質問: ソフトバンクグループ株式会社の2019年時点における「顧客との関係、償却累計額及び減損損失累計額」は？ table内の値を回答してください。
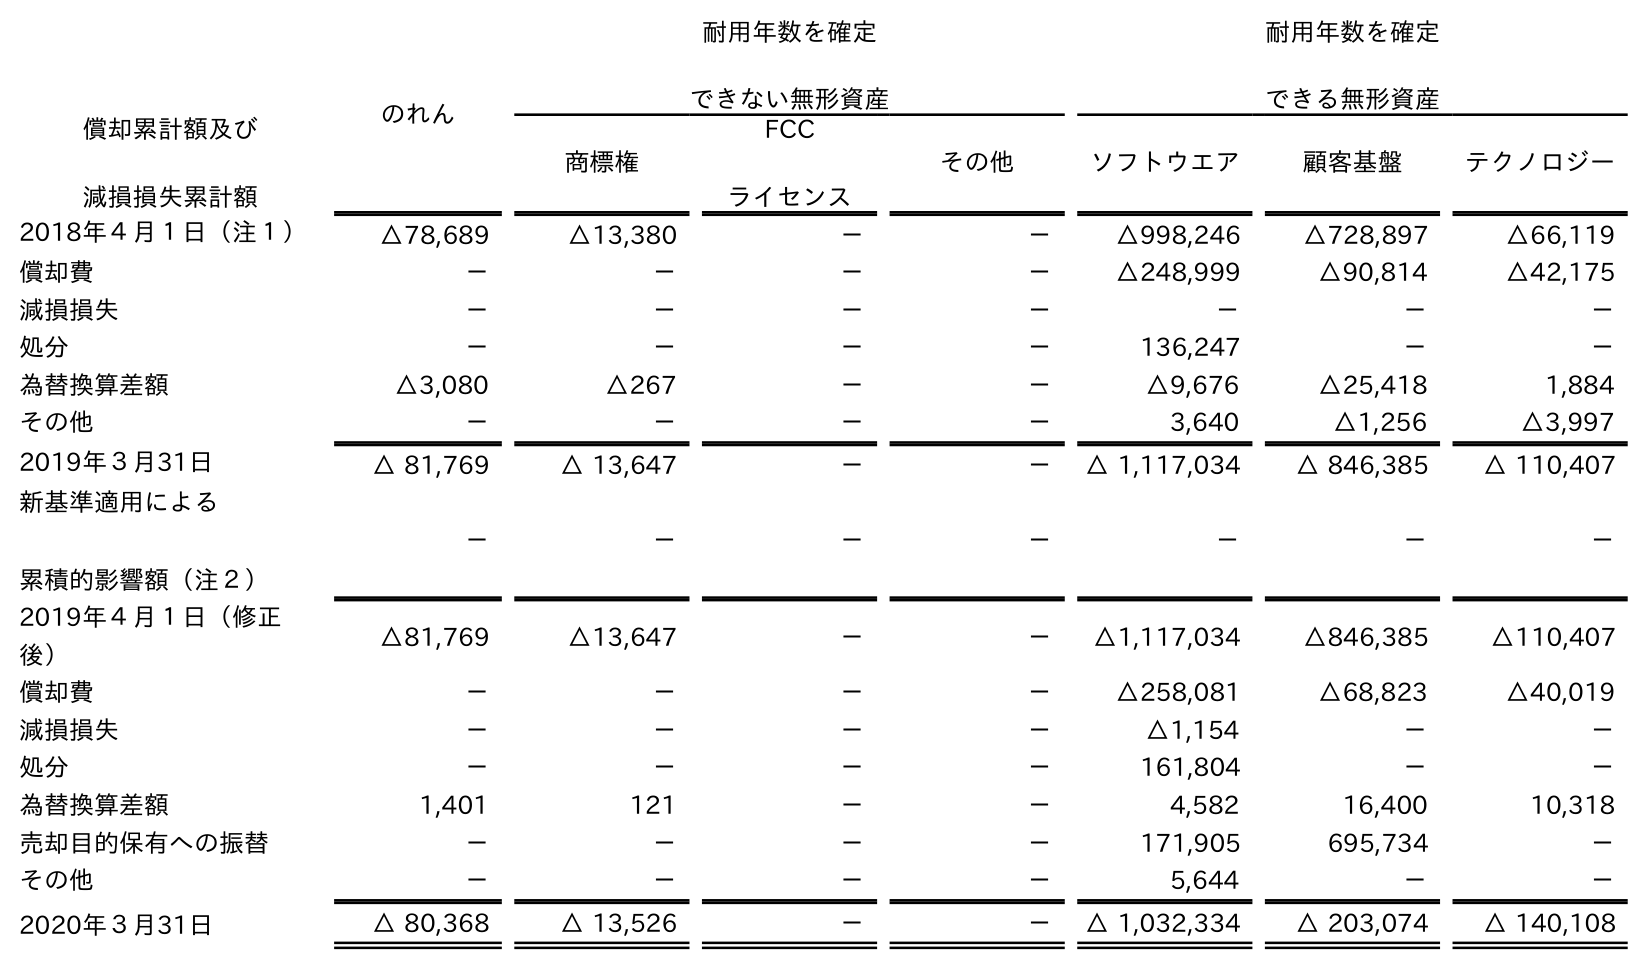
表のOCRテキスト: のれん 耐用年数を確定 できない無形資産 耐用年数を確定 できる無形資産 償却累計額及び 減損損失累計額 商標権 FCC ライセンス その他 ソフトウエア 顧客基盤 テクノロジー 2018年４月１日（注１） △78,689 △13,380 － － △998,246 △728,897 △66,119 償却費 － － － － △248,999 △90,814 △42,175 減損損失 － － － － － － － 処分 － － － － 136,247 － － 為替換算差額 △3,080 △267 － － △9,676 △25,418 1,884 その他 － － － － 3,640 △1,256 △3,997 2019年３月31日 △ 81,769 △ 13,647 － － △ 1,117,034 △ 846,385 △ 110,407 新基準適用による 累積的影響額（注２） － － － － － － － 2019年４月１日（修正 後） △81,769 △13,647 － － △1,117,034 △846,385 △110,407 償却費 － － － － △258,081 △68,823 △40,019 減損損失 － － － － △1,154 － － 処分 － － － － 161,804 － － 為替換算差額 1,401 121 － － 4,582 16,400 10,318 売却目的保有への振替 － － － － 171,905 695,734 － その他 － － － － 5,644 － － 2020年３月31日 △ 80,368 △ 13,526 － － △ 1,032,334 △ 203,074 △ 140,108
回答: △846,385